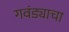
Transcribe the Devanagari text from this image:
गवंड्याचा